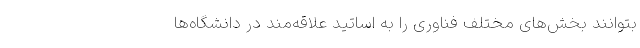
بتوانند بخش‌های مختلف فناوری را به اساتید علاقه‌مند در دانشگاه‌ها